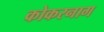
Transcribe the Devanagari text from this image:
कोकरनाग